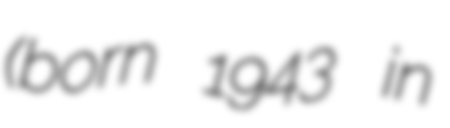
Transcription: (born 1943 in